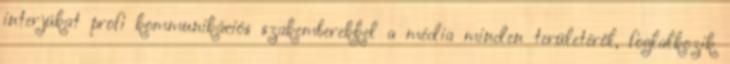
interjúkat profi kommunikációs szakemberekkel a média minden területéről, foglalkozik